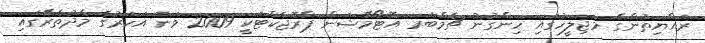
ރައްޔިތުންގެ މަޖިލީހުގައި ހިންގުނު ޗެމްބަރ އޮޓޯމޭޝަން ޕްރޮޖެކްޓަކީ 2009 ވަނަ އަހަރުގެ މެދުތެރޭގައި